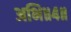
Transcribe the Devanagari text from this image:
अभि॥४॥